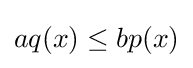
aq(x)\leq bp(x)